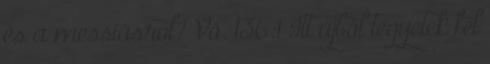
és a messiásról? Vö. 136:1 Itt újból tegyétek fel